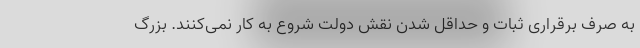
به صرف برقراری ثبات و حداقل شدن نقش دولت شروع به کار نمی‌کنند. بزرگ